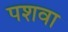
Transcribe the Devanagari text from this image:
पशवा